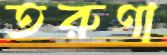
তরুণা